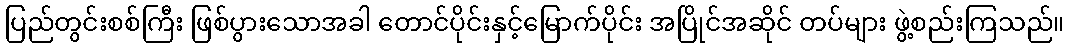
ပြည်တွင်းစစ်ကြီး ဖြစ်ပွားသောအခါ တောင်ပိုင်းနှင့်မြောက်ပိုင်း အပြိုင်အဆိုင် တပ်များ ဖွဲ့စည်းကြသည်။